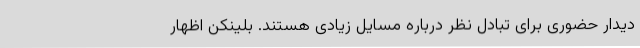
دیدار حضوری برای تبادل نظر درباره مسایل زیادی هستند. بلینکن اظهار